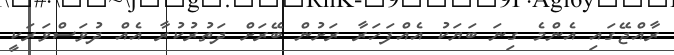
ރާއްޖޭގައި އެންމެ ގިނަ ބަޔަކު އެއްފަހަރާ ރަށުން ބޭރަށް ދަތުރުކުރާ އެއް ދުވަސްވަރަކީ